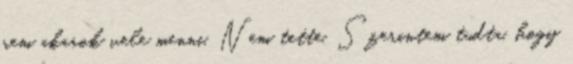
nem akarok vele menni. Nem tette. Szerintem tudta, hogy